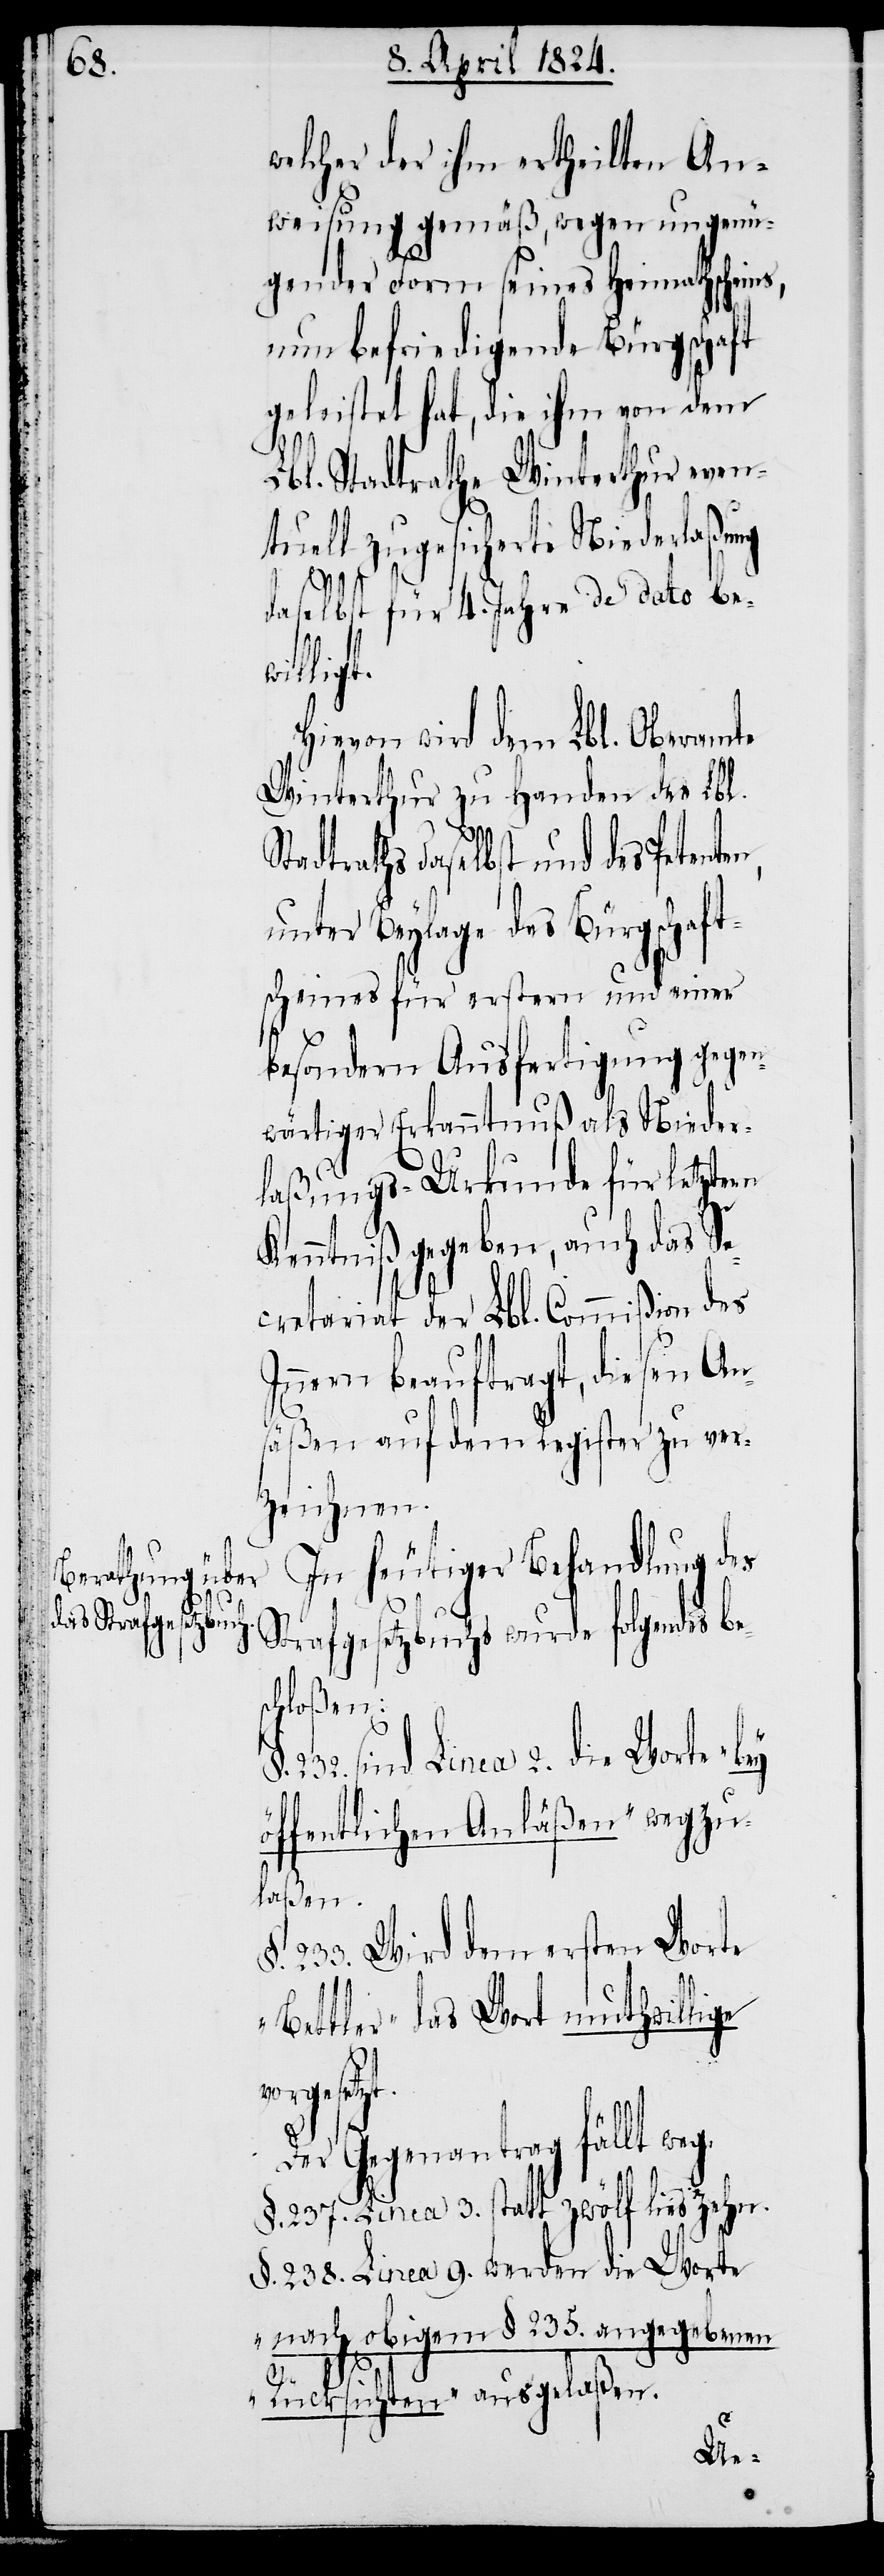
welcher der ihm ertheilten An¬
weisung gemäß, wegen ungenü¬
gender Form seines Heimathscheins,
nun befriedigende Bürgschaft
geleistet hat, die ihm von dem
Lbl. Stadtrathe Winterthur even¬
tuell zugesicherte Niederlaßung
daselbst für 4. Jahre de dato be¬
ligt.
Hievon wird dem Lbl. Oberamte
Winterthur zu Handen des Lbl.
tadtraths daselbst und des Peten¬
unter Beylage des Bürgschaft¬
scheines für erstern und einer
besondern Ausfertigung gegen¬
wärtiger Erkanntnuß als Nieder¬
laßungs-Urkunde für letztern
Kenntniß gegeben, auch das Se¬
cretariat der Lbl. Commißion des
Innern beauftragt, diesen Ans¬
äßen auf dem Register zu ver¬
zeichnen.
In heutiger Behandlung des
Strafgesetzbuchs wurde folgendes be¬
schloßen:
232. sind Linea 2. die Worte „bey
öffentlichen Anläßen“ wegzu¬
laßen.
233. Wird dem ersten Worte
„Bettler“ das Wort muthwillige
rgesetzt.
Der Gegenantrag fällt weg.
§. 237. Linea 3. statt zwölf lies zehn.
§. 2378. Linea 9. werden die Worte
„nach obigem §. 235. angegebenen
S¬
Rücksichten“ ausgelaßen.
vo¬